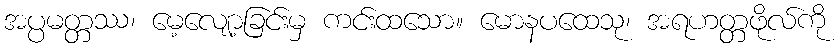
အပ္ပမတ္တဿ၊ မေ့လျော့ခြင်းမှ ကင်းထသော။ မောနပထေသု၊ အရဟတ္တဖိုလ်ကို